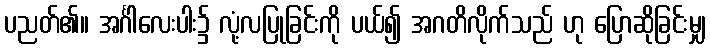
ပညတ်၏။ အင်္ဂါလေးပါး၌ လုံ့လပြုခြင်းကို ပယ်၍ အဂတိလိုက်သည် ဟု ပြောဆိုခြင်းမျှ